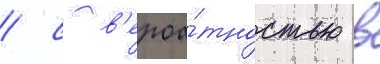
/ с в'ероа́тностью в